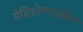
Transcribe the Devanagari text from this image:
पेप्टिडोग्लाइकैन